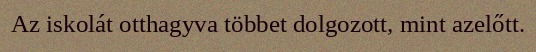
Az iskolát otthagyva többet dolgozott, mint azelőtt.